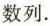
数列.